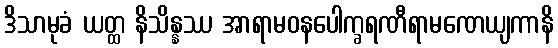
ဒိသာမုခံ ယတ္ထ နိသိန္နဿ အာရာမဝနပေါက္ခရဏီရာမဏေယျကာနိ